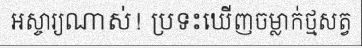
អស្ចារ្យណាស់! ប្រទះឃើញចម្លាក់ថ្មសត្វ